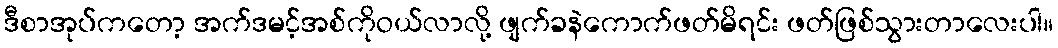
ဒီစာအုပ်ကတော့ အက်ဒမင့်အစ်ကိုဝယ်လာလို့ ဖျက်ခနဲကောက်ဖတ်မိရင်း ဖတ်ဖြစ်သွားတာလေးပါ။